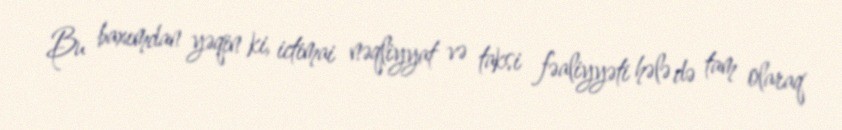
Bu baxımdan yəqin ki, ictimai nəqliyyat və taksi fəaliyyəti hələ də tam olaraq